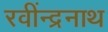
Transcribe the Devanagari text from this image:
रवींन्द्रनाथ